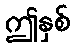
ဤနှစ်